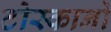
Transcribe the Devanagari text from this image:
टोस्कानो